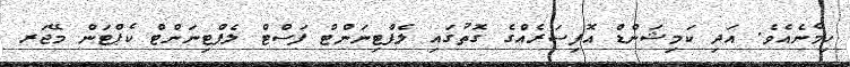
ހިމެނެއެވެ. އަދި ކަމިޝަންޑް އޮފިސަރެއްގެ ގޮތުގައި ލެފްޓިނަންޓް ފަސްޓް ލެފްޓިނަންޓް ކެޕްޓަން މޭޖަރ